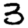
Digit: 3